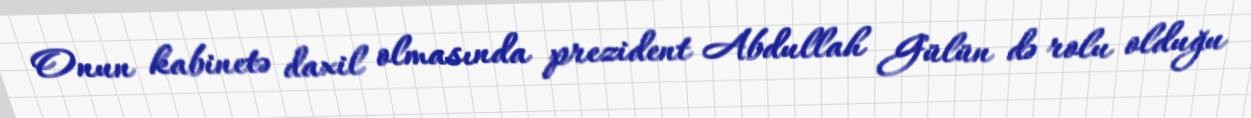
Onun kabinetə daxil olmasında prezident Abdullah Gülün də rolu olduğu